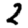
Digit: 2